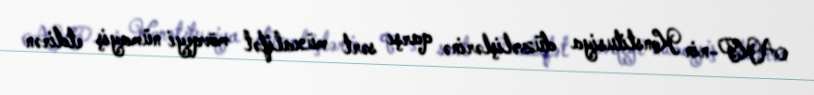
AKP-nin Konstitusiya düzəlişlərinə qarşı sərt müxalifət mövqeyi nümayiş etdirən